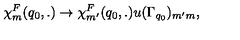
\chi _ { m } ^ { F } ( q _ { 0 } , . ) \rightarrow \chi _ { m ^ { \prime } } ^ { F } ( q _ { 0 } , . ) u ( \Gamma _ { q _ { 0 } } ) _ { m ^ { \prime } m } ,